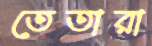
তেতারা